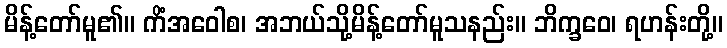
မိန့်တော်မူ၏။ ကိံအဝေါစ၊ အဘယ်သို့မိန့်တော်မူသနည်း။ ဘိက္ခဝေ၊ ရဟန်းတို့။